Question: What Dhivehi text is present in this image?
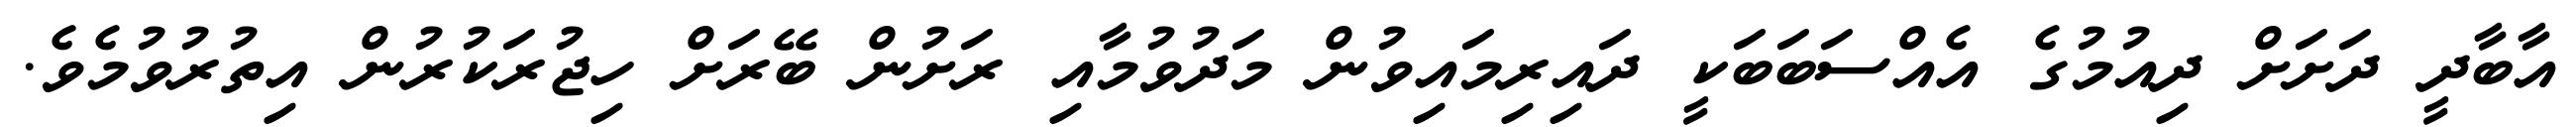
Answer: އާބާދީ ދަށަށް ދިއުމުގެ އެއްސަބަބަކީ ދައިރިމައިވުން މަދުވުމާއި ރަށުން ބޭރަށް ހިޖުރަކުރުން އިތުރުވުމެވެ.